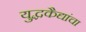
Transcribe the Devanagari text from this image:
युद्धकैद्यांचा